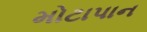
મોટાપાન